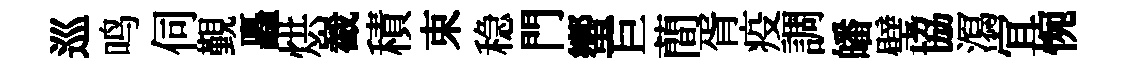
巡鸣伺覲矗烘嶻積束稳門蠁巨蕳胥疫調皤璧協㵼宜惋